Vaccination in the Punjab 1867-1880 - 1867-1880
Year: 1867
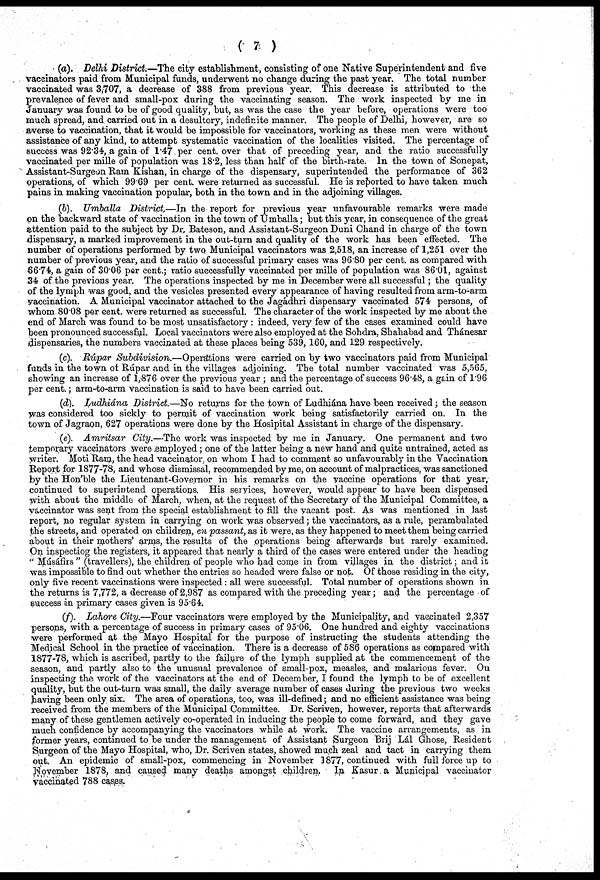
( 7 )
(a). Delhi District.—The city establishment, consisting of one Native Superintendent and five
vaccinators paid from Municipal funds, underwent no change during the past year. The total number
vaccinated was 3,707, a decrease of 388 from previous year. This decrease is attributed to the
prevalence of fever and small-pox during the vaccinating season. The work inspected by me in
January was found to be of good quality, but, as was the case the year before, operations were too
much spread, and carried out in a desultory, indefinite manner. The people of Delhi, however, are so
averse to vaccination, that it would be impossible for vaccinators, working as these men were without
assistance of any kind, to attempt systematic vaccination of the localities visited. The percentage of
success was 92.34, a gain of 1.47 per cent. over that of preceding year, and the ratio successfully
vaccinated per mille of population was 18.2, less than half of the birth-rate. In the town of Sonepat,
Assistant-Surgeon Ram Kishan, in charge of the dispensary, superintended the performance of 362
operations, of which 99.69 per cent. were returned as successful. He is reported to have taken much
pains in making vaccination popular, both in the town and in the adjoining villages.
(b). Umballa District.—In the report for previous year unfavourable remarks were made
on the backward state of vaccination in the town of Umballa; but this year, in consequence of the great
attention paid to the subject by Dr. Bateson, and Assistant-Surgeon Duni Chand in charge of the town
dispensary, a marked improvement in the out-turn and quality of the work has been effected. The
number of operations performed by two Municipal vaccinators was 2,518, an increase of 1,251 over the
number of previous year, and the ratio of successful primary cases was 96.80 per cent. as compared with
66.74, a gain of 30.06 per cent.; ratio successfully vaccinated per mille of population was 86.01, against
34 of the previous year. The operations inspected by me in December were all successful ; the quality
of the lymph was good, and the vesicles presented every appearance of having resulted from arm-to-arm
vaccination. A Municipal vaccinator attached to the Jagádhri dispensary vaccinated 574 persons, of
whom 80.08 per cent. were returned as successful. The character of the work inspected by me about the
end of March was found to be most unsatisfactory : indeed, very few of the cases examined could have
been pronounced successful. Local vaccinators were also employed at the Sohdra, Shahabad and Thánesar
dispensaries, the numbers vaccinated at these places being 539, 160, and 129 respectively.
(c). Rúpar Subdivision.—Operations
were carried on by two vaccinators paid from Municipal
funds in the town of Rúpar and in the villages adjoining. The total number vaccinated was 5,565,
showing an increase of 1,876 over the previous year ; and the percentage of success 96.48, again of 1.96
per cent.; arm-to-arm vaccination is said to have been carried out.
(d). Ludkiána District.—No returns for the town of Ludhiána have been received ; the season
was considered too sickly to permit of vaccination work being satisfactorily carried on. In the
town of Jagraon, 627 operations were done by the Hosipital Assistant in charge of the dispensary.
(e). Amritsar
City.—The work was inspected by me in January. One permanent and two
temporary vaccinators were employed ; one of the latter being a new hand and quite untrained, acted as
writer. Moti Ram, the head vaccinator on whom I had to comment so unfavourably in the Vaccination
Report for 1877-78, and whose dismissal, recommended by me, on account of malpractices, was sanctioned
by the Hon'ble the Lieutenant-Governor in his remarks on the vaccine operations for that year,
continued to superintend operations. His services, however, would appear to have been dispensed
with about the middle of March, when, at the request of the Secretary of the Municipal Committee, a
vaccinator was sent from the special establishment to fill the vacant post. As was mentioned in last
report, no regular system in carrying on work was observed; the vaccinators, as a rule, perambulated
the streets, and operated on children, on passant, as it were. as they happened to meet them being carried
about in their mothers' arms, the results of the operations being afterwards but rarely examined.
On inspectiog the registers, it appeared that nearly a third of the cases were entered under the heading
" Músáfirs " (travellers), the children of people who had come in from villages in the district; and it
was impossible to find out whether the entries so headed were false or not. Of those residing in the city,
only five recent vaccinations were inspected : all were successful. Total number of operations shown in
the returns is 7,772, a decrease of 2,987 as compared with the preceding year ; and the percentage of
success in primary cases given is 95.64.
(ƒ). Lahore City.—Four vaccinators were employed by the Municipality, and vaccinated 2,357
persons, with a percentage of success in primary cases of 95.06. One hundred and eighty vaccinations
were performed at the Mayo Hospital for the purpose of instructing the students attending the
Medical School in the practice of vaccination. There is a decrease of 586 operations as compared with
1877-78, which is ascribed, partly to the failure of the lymph supplied at the commencement of the
season, and partly also to the unusual prevalence of small-pox, measles, and malarious fever. On
inspecting the work of the vaccinators at the end of December, I found the lymph to be of excellent
quality, but the out-turn was small, the daily average number of cases during the previous two weeks
having been only six. The area of operations, too, was ill-defined; and no efficient assistance was being
received from the members of the Municipal Committee. Dr. Scriven, however, reports that afterwards
many of these gentlemen actively co-operated in inducing the people to come forward, and they gave
much confidence by accompanying the vaccinators while at work. The vaccine arrangements, as in
former years, continued to be under the management of Assistant Surgeon Brij Lál Ghose, Resident
Surgeon of the Mayo Hospital, who, Dr. Scriven states, showed much zeal and tact in carrying them
out. An epidemic of small-pox, commencing in November 1877, continued with full force up to
November 1878, and caused many deaths amongst children. In Kasur a Municipal vaccinator
vaccinated 788 cases.